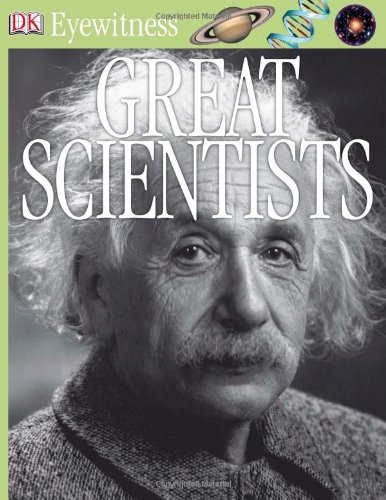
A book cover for DK Eyewitness Books: Great Scientists; Jacqueline Fortey; Children's Books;